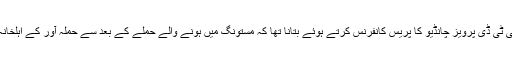
ایس ایس پی سی ٹی ڈی پرویز چانڈیو کا پریس کانفرنس کرتے ہوئے بتانا تھا کہ مستونگ میں ہونے والے حملے کے بعد سے حملہ آور کے اہلخانہ روپوش تھے۔